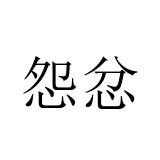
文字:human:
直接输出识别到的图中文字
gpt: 怨忿